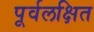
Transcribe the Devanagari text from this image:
पूर्वलक्षित